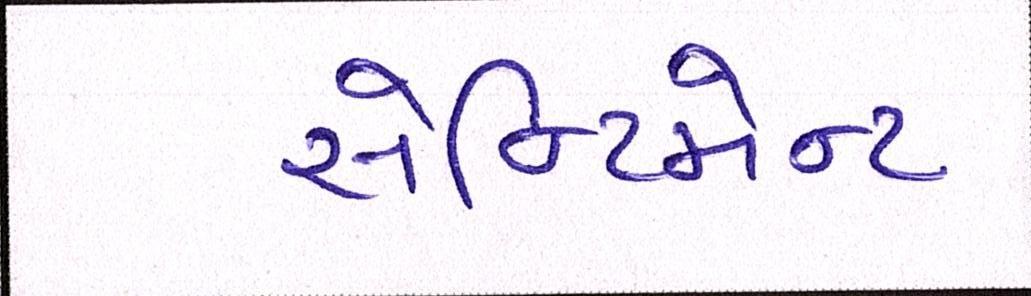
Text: સેન્ટિમેન્ટ